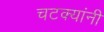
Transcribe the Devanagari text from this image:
चटक्‍यांनी